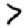
Digit: 7